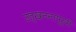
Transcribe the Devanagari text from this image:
उत्खननापूर्वी